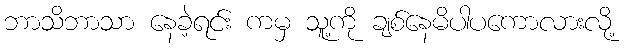
ဘာသိဘာသာ နေခဲ့ရင်း ကမှ သူ့ကို ချစ်နေမိပါပကောလားလို့